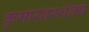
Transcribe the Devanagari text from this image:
कुमारवस्थेतच